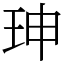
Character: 珅